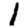
Digit: 1